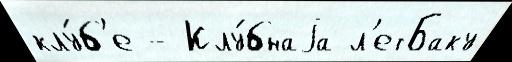
клу́б'е - Клу́бнаjа л'етБаку